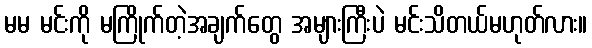
မမ မင်းကို မကြိုက်တဲ့အချက်တွေ အများကြီးပဲ မင်းသိတယ်မဟုတ်လား။